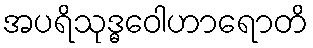
အပရိသုဒ္ဓဝေါဟာရောတိ